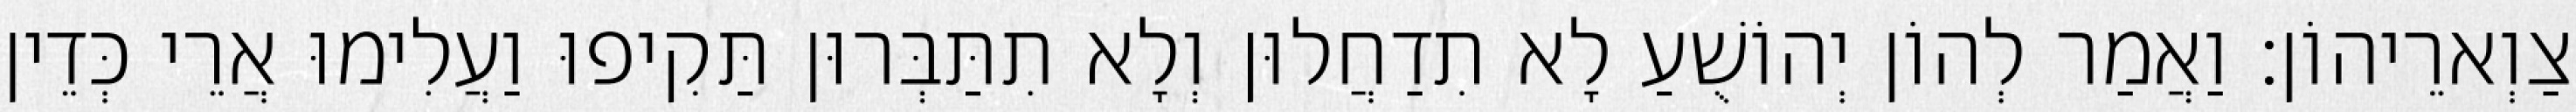
צַוְארֵיהוֹן׃ וַאֲמַר לְהוֹן יְהוֹשֻׁעַ לָא תִדַחֲלוּן וְלָא תִתַּבְּרוּן תַּקִיפוּ וַעֲלִימוּ אֲרֵי כְּדֵין